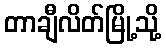
တာချီလိတ်မြို့သို့